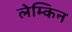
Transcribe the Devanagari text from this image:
लेम्किन